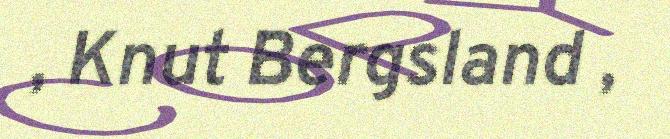
, Knut Bergsland ,